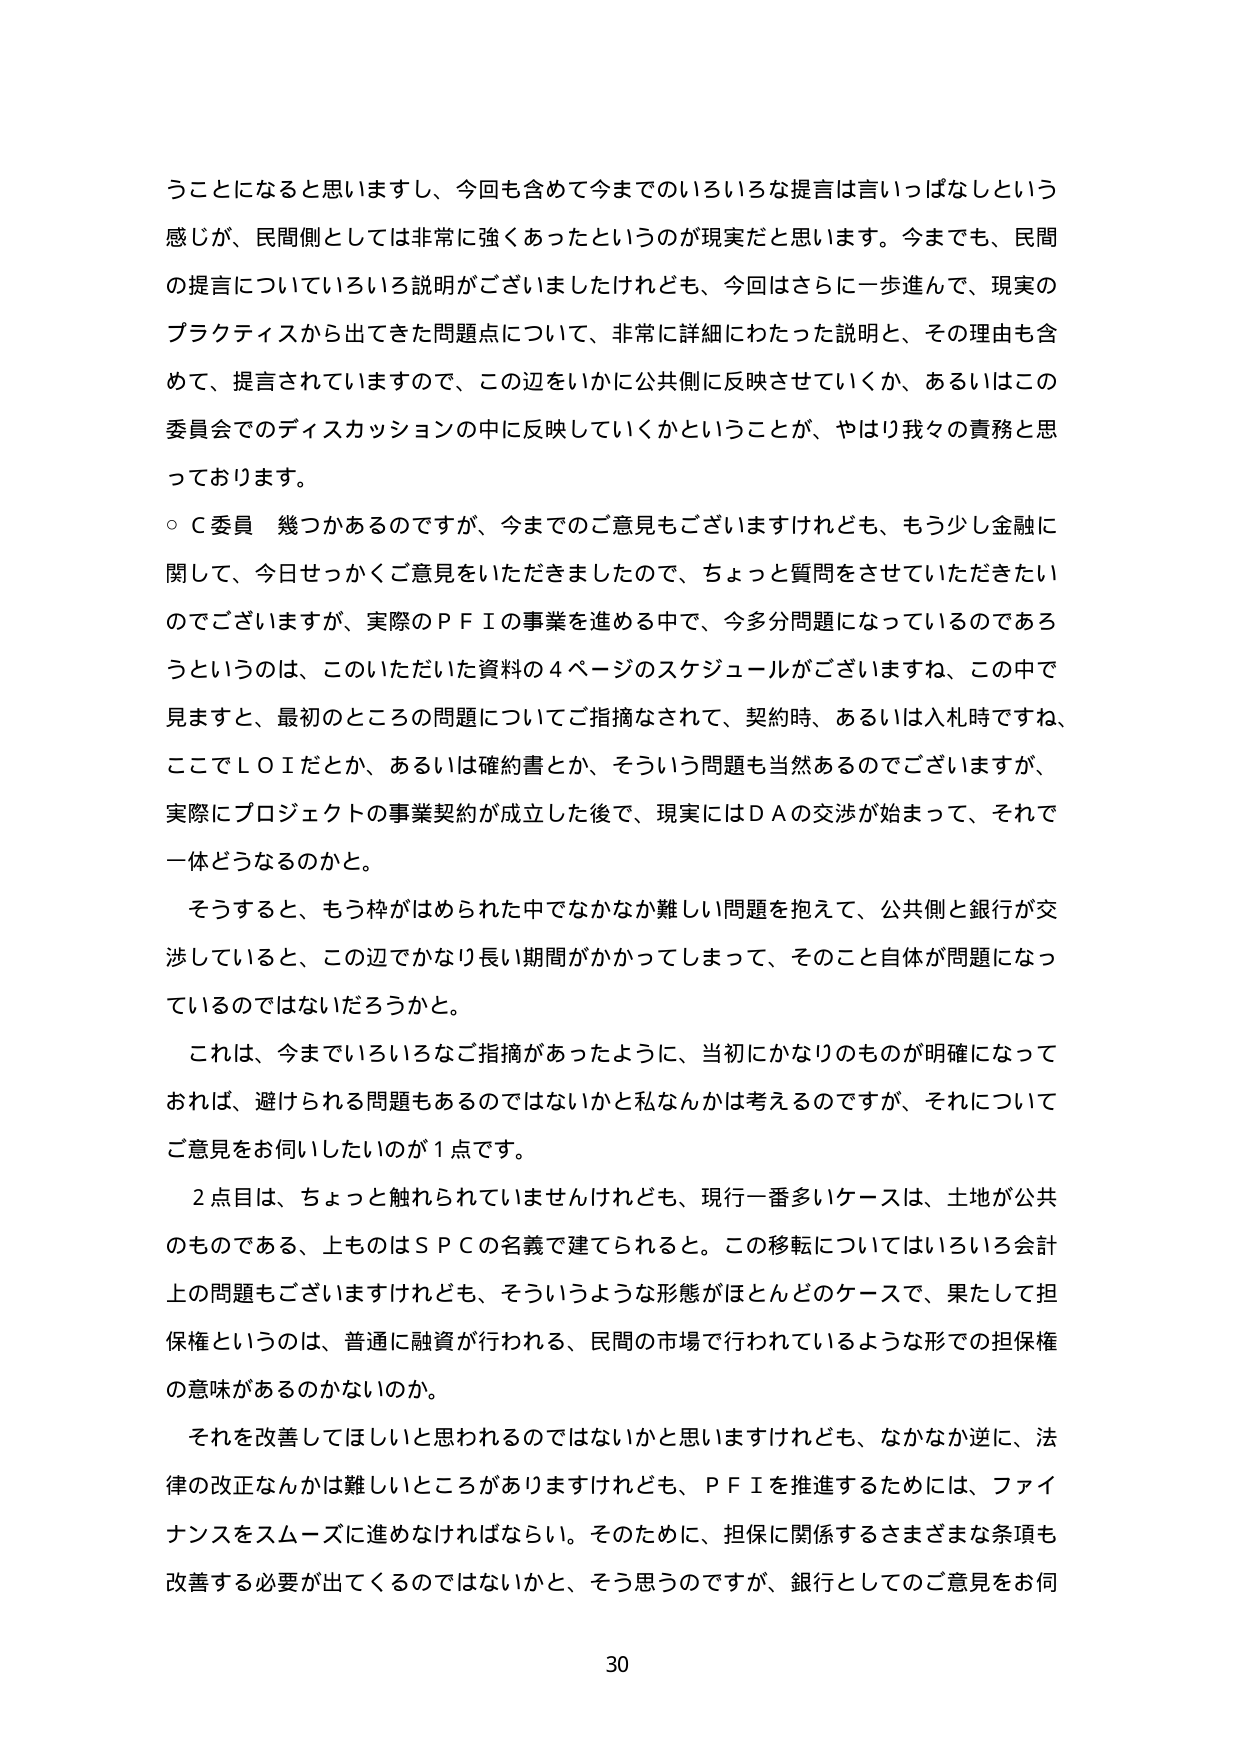
うことになると思いますし、今回も含めて今までのいろいろな提言は言いっぱなしという
感じが、民間側としては非常に強かったというのが現実だと思います。今までも、民間
の提言についていろいろ説明がございましたけれども、今回はさらに一歩進んで、現実の
プラクティスから出てきた問題点について、非常に詳細にわたった説明と、その理由も含
めて、提言されていますので、この辺をいかに公共側に反映させていくか、あるいはこの
委員会でのディスカッションの中に反映していくかということが、やはり我々の責務と思
っております。
○Ｃ委員　幾つかあるのですが、今までのご意見もございますけれども、もう少し金融に
関して、今日せっかくご意見をいただきましたので、ちょっと質問をさせていただきたい
のでございますが、実際のＰＦＩの事業を進める中で、今多分問題になっているのであろ
うというのは、このいただいた資料の４ページのスケジュールがございますね、この中で
見ますと、最初のところの問題についてご指摘なされて、契約時、あるいは入札時ですね、
ここでＬＯＩだとか、あるいは確約書とか、そういう問題も当然あるのでございますが、
実際にプロジェクトの事業契約が成立した後で、現実にはＤＡの交渉が始まって、それで
一体どうなるのかと。
そうすると、もう枠がめられた中でなかなか難しい問題を抱えて、公共側と銀行が交
渉していると、この辺でかなり長い期間がかかってしまって、そのこと自体が問題になっ
ているのではないだろうかと。
これは、今までいろいろなご指摘があったように、当初にかなりのものが明確になって
おれば、避けられる問題もあるのではないかと私なんかは考えるのですが、それについて
ご意見をお伺いしたいのが１点です。
２点目は、ちょっと触れられていませんけれども、現行一番多いケースは、土地が公共
のものである、上ものはＳＰＣの名義で建てられると。この移転についてはいろいろ会計
上の問題もございますけれども、そういうような形態がほとんどのケースで、果たして担
保権というのは、普通に融資が行われる、民間の市場で行われているような形での担保権
の意味があるのかないのか。
それを改善してほしいと思われるのではないかと思いますけれども、なかなか逆に、法
律の改正なんかは難しいところがありますけれども、ＰＦＩを推進するためには、ファイ
ナンスをスムーズに進めなければならない。そのために、担保に関係するさまざまな条項も
改善する必要が出てくるのではないかと、そう思うのですが、銀行としてのご意見をお伺
30